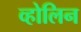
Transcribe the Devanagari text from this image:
व्होलिन